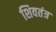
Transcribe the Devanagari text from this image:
शिवतंत्र